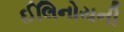
ઈલિનોયની